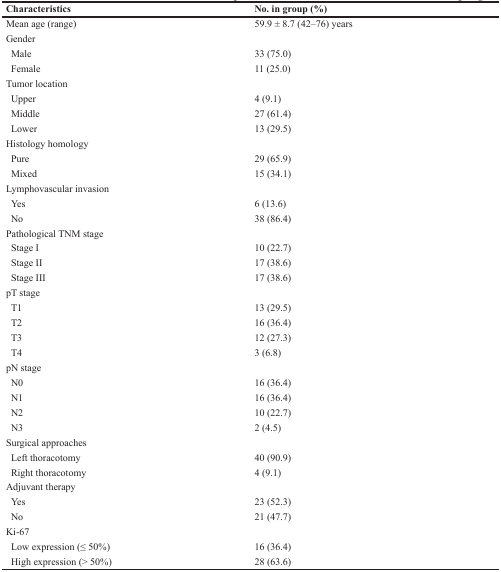
<table><thead><tr><td><b>Characteristics</b></td><td><b>No. in group (%)</b></td></tr></thead><tbody><tr><td>Mean age (range)</td><td>59.9 ± 8.7 (42–76) years</td></tr><tr><td>Gender</td><td></td></tr><tr><td> Male</td><td>33 (75.0)</td></tr><tr><td> Female</td><td>11 (25.0)</td></tr><tr><td>Tumor location</td><td></td></tr><tr><td> Upper</td><td>4 (9.1)</td></tr><tr><td> Middle</td><td>27 (61.4)</td></tr><tr><td> Lower</td><td>13 (29.5)</td></tr><tr><td>Histology homology</td><td></td></tr><tr><td> Pure</td><td>29 (65.9)</td></tr><tr><td> Mixed</td><td>15 (34.1)</td></tr><tr><td>Lymphovascular invasion</td><td></td></tr><tr><td> Yes</td><td>6 (13.6)</td></tr><tr><td> No</td><td>38 (86.4)</td></tr><tr><td>Pathological TNM stage</td><td></td></tr><tr><td> Stage I</td><td>10 (22.7)</td></tr><tr><td> Stage II</td><td>17 (38.6)</td></tr><tr><td> Stage III</td><td>17 (38.6)</td></tr><tr><td>pT stage</td><td></td></tr><tr><td> T1</td><td>13 (29.5)</td></tr><tr><td> T2</td><td>16 (36.4)</td></tr><tr><td> T3</td><td>12 (27.3)</td></tr><tr><td> T4</td><td>3 (6.8)</td></tr><tr><td>pN stage</td><td></td></tr><tr><td> N0</td><td>16 (36.4)</td></tr><tr><td> N1</td><td>16 (36.4)</td></tr><tr><td> N2</td><td>10 (22.7)</td></tr><tr><td> N3</td><td>2 (4.5)</td></tr><tr><td>Surgical approaches</td><td></td></tr><tr><td> Left thoracotomy</td><td>40 (90.9)</td></tr><tr><td> Right thoracotomy</td><td>4 (9.1)</td></tr><tr><td>Adjuvant therapy</td><td></td></tr><tr><td> Yes</td><td>23 (52.3)</td></tr><tr><td> No</td><td>21 (47.7)</td></tr><tr><td>Ki-67</td><td></td></tr><tr><td> Low expression (≤ 50%)</td><td>16 (36.4)</td></tr><tr><td> High expression (&gt; 50%)</td><td>28 (63.6)</td></tr></tbody></table>